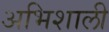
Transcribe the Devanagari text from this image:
अभिशाली